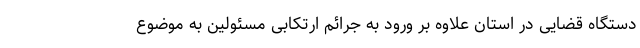
دستگاه قضایی در استان علاوه بر ورود به جرائم ارتکابی مسئولین به موضوع